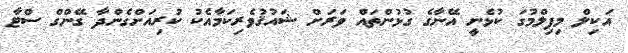
އަކިލް މިފިލްމުގަ ކުޅެނީ އޭނާގެ ގުޅުންތައް ވަރަށް ޝައުޤުވެރިކަމާއެކު ކުރިއަށްގެންދާ ގޭންގް ސްޓާ